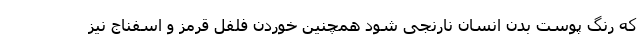
که رنگ پوست بدن انسان نارنجی شود همچنین خوردن فلفل قرمز و اسفناج نیز